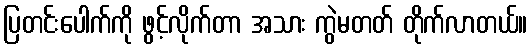
ပြတင်းပေါက်ကို ဖွင့်လိုက်တာ အသား ကွဲမတတ် တိုက်လာတယ်။